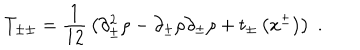
T _ { \pm \pm } = { \frac { 1 } { 1 2 } } \left( \partial _ { \pm } ^ { 2 } \rho - \partial _ { \pm } \rho \partial _ { \pm } \rho + t _ { \pm } \left( x ^ { \pm } \right) \right) \; .